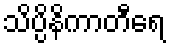
သိပ္ပိနိကာတီရေ